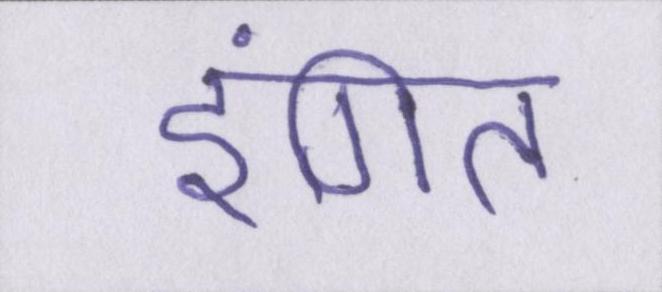
इंगित